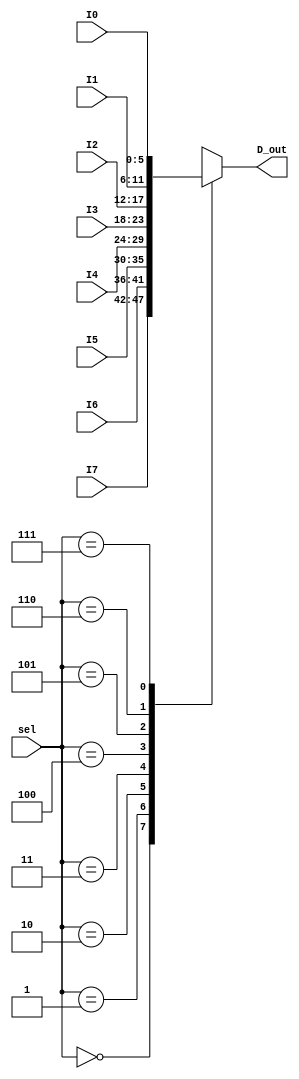
`timescale 1ns / 1ps
//////////////////////////////////////////////////////////////////////////////////
// Company: 
// Engineer: 
// 
// Design Name: 
// Module Name: mux_8x1_6bit
// Project Name: 
// Target Devices: 
// Tool Versions: 
// Description: 
// 
// Dependencies: 
// 
// Revision:
// Revision 0.01 - File Created
// Additional Comments:
// 
//////////////////////////////////////////////////////////////////////////////////

module mux_8x1_6bit(
    input [2:0]sel,
    input [5:0]I7,
    input [5:0]I6,
    input [5:0]I5,
    input [5:0]I4,
    input [5:0]I3,
    input [5:0]I2,
    input [5:0]I1,
    input [5:0]I0,
    output reg[5:0]D_out
    );
    
    always @(I0, I1, I2, I3, I4, I5, I6, I7, sel)
    begin
        case(sel)
        3'b000: D_out = I7;
        3'b001: D_out = I6;
        3'b010: D_out = I5;
        3'b011: D_out = I4;
        3'b100: D_out = I3;
        3'b101: D_out = I2;
        3'b110: D_out = I1;
        3'b111: D_out = I0;
	default: D_out = I7;
        endcase
    end
endmodule